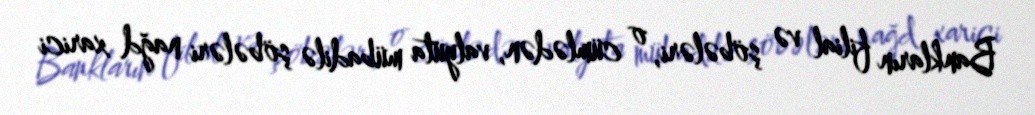
Bankların filial və şöbələri, o cümlədən, valyuta mübadilə şöbələri nağd xarici